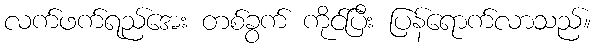
လက်ဖက်ရည်အေး တစ်ခွက် ကိုင်ပြီး ပြန်ရောက်လာသည်။